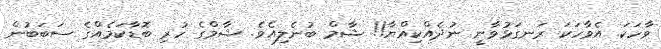
ވާހަކަ. އެވާހަކަ ރަނގަޅުވާނީ ނުދެއްކިއްޔާ!! ޝާމް ބުނެލިއެވެ. ޝާމްގެ ހުރި ބޮޑާކަމެއްގެ ސަބަބުން